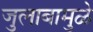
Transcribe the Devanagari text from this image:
जुलाबामुळे